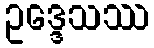
ဥဒ္ဒေသဿ